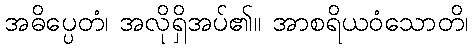
အဓိပ္ပေတံ၊ အလိုရှိအပ်၏။ အာစရိယဝံသောတိ၊